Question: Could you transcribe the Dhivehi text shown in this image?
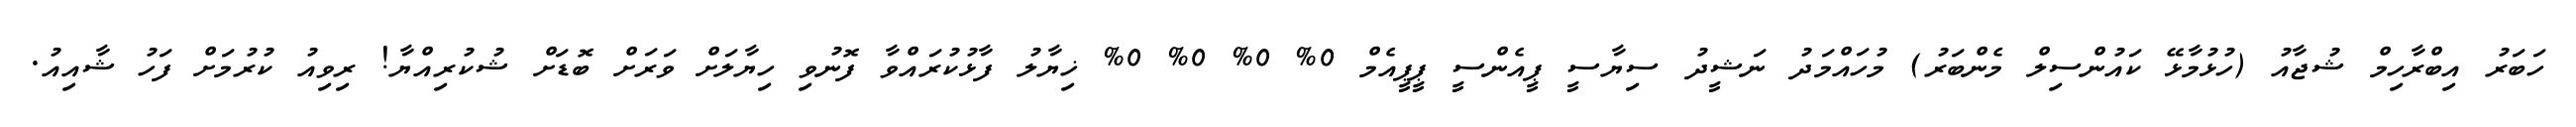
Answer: ހަބަރު އިބްރާހިމް ޝުޖާއު (ހުޅުމާޅޭ ކައުންސިލް މެންބަރު) މުހައްމަދު ނަޝީދު ސިޔާސީ ޕީއެންސީ ޕީޕީއެމް 0% 0% 0% 0% ޚިޔާލު ފާޅުކުރައްވާ ފޮނުވި ހިޔާލަށް ވަރަށް ބޮޑަށް ޝުކުރިއްޔާ! ރިވިއު ކުރުމަށް ފަހު ޝާއިއު.